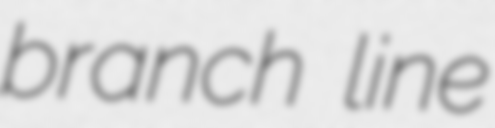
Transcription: branch line